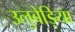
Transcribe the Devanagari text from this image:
उलुबेड़िया